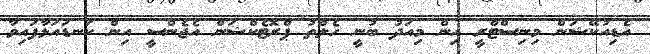
އެޑިއުކޭޝަން މިނިސްޓްރީ އިން މިއަދު ބުނީ ހެލްތު ޕްރޮޓެކްޝަން އެޖެންސީ އިން ކަނޑައަޅާފައިވާ